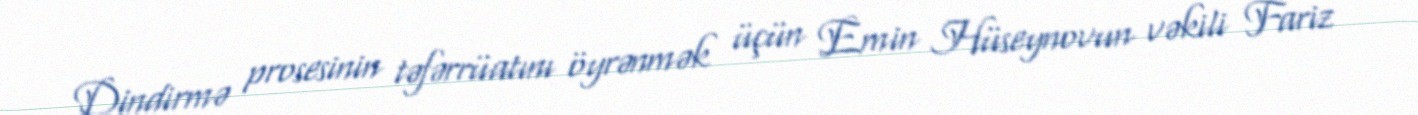
Dindirmə prosesinin təfərrüatını öyrənmək üçün Emin Hüseynovun vəkili Fariz